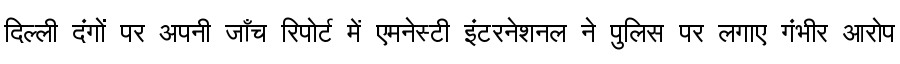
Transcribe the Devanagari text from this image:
दिल्ली दंगों पर अपनी जाँच रिपोर्ट में एमनेस्टी इंटरनेशनल ने पुलिस पर लगाए गंभीर आरोप